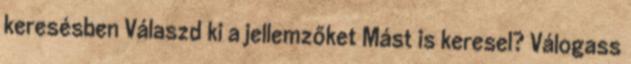
keresésben Válaszd ki a jellemzőket Mást is keresel? Válogass